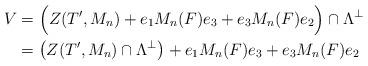
LaTeX: \begin{align*} V &= \Big( Z(T',M_n)+e_1 M_n(F) e_3 + e_3 M_n(F) e_2\Big) \cap \Lambda^\perp \\ &=\left( Z(T',M_n)\cap \Lambda^\perp\right)+ e_1 M_n(F) e_3 + e_3 M_n(F) e_2\end{align*}